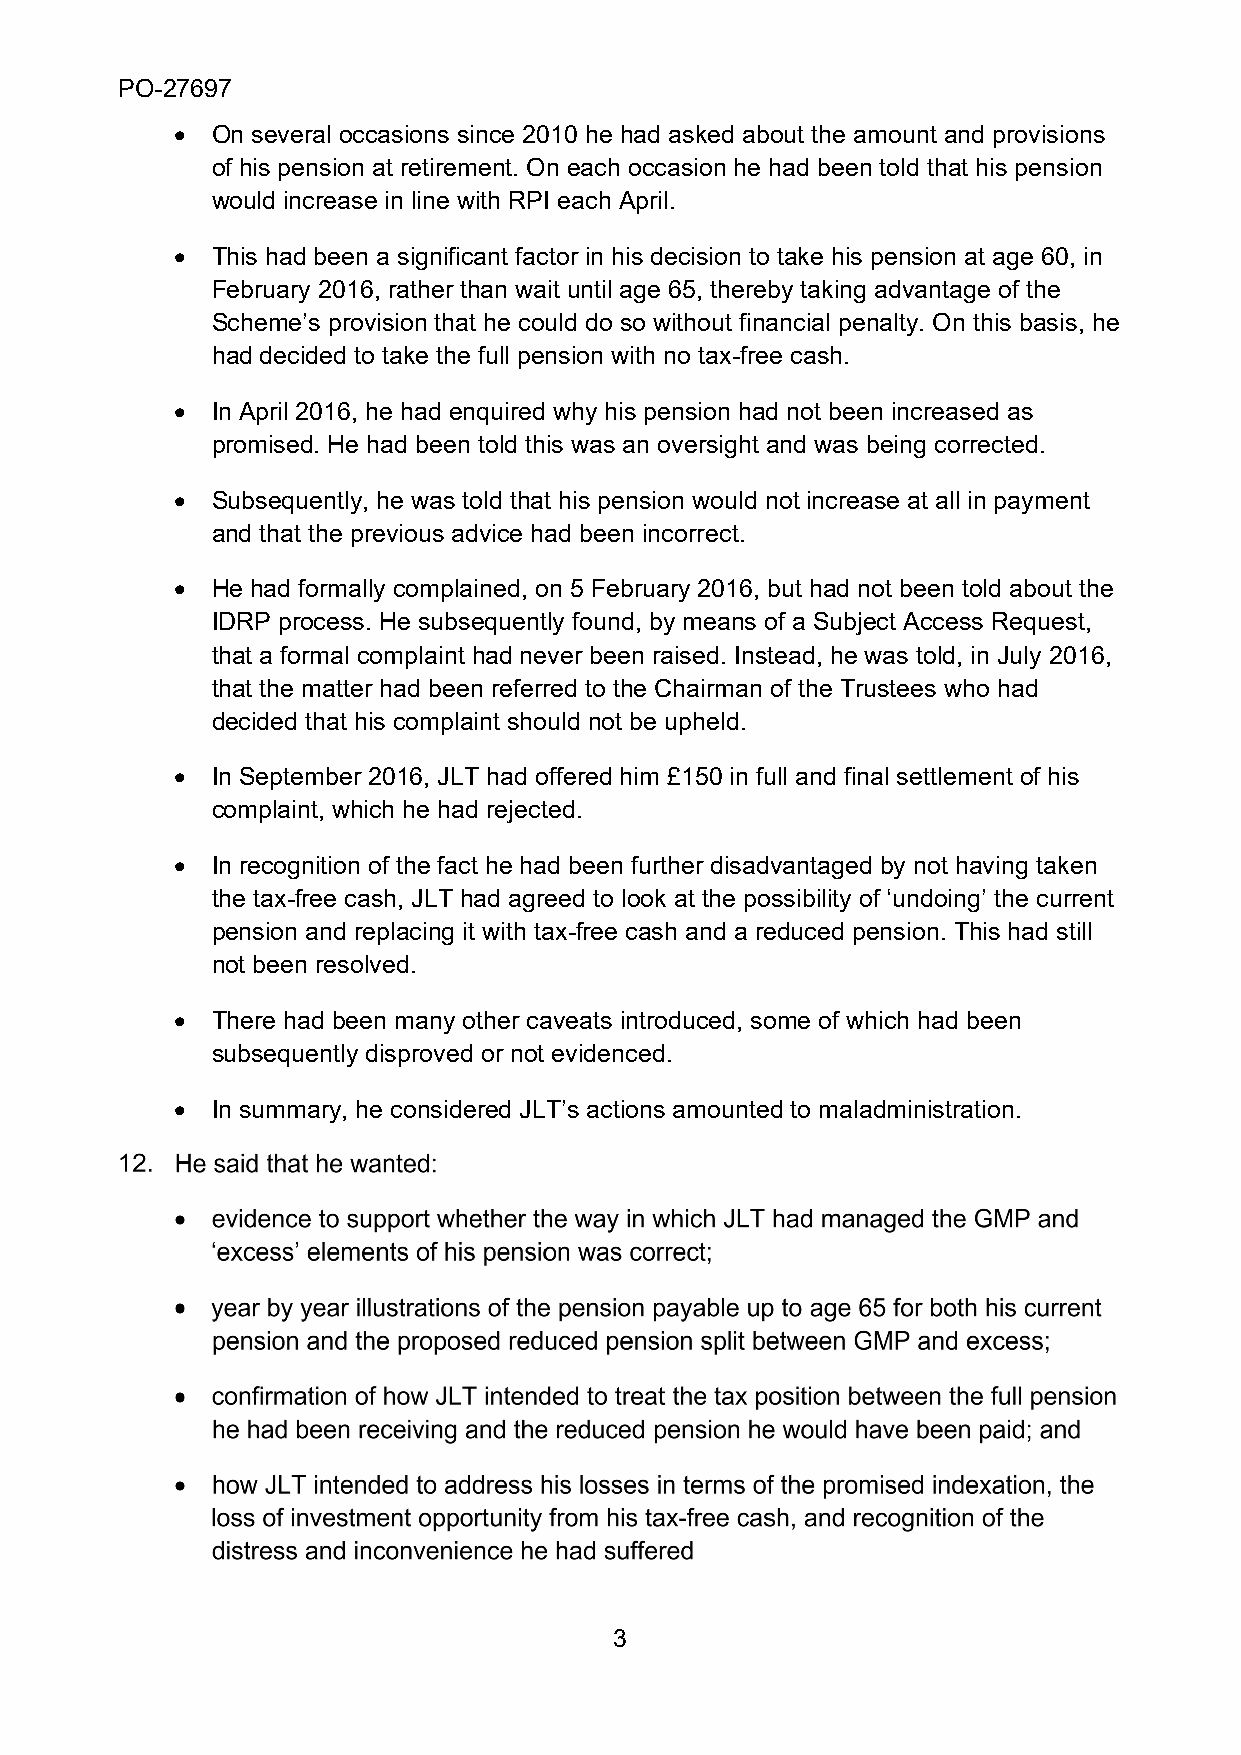
PO-27697
 • On several occasions since 2010 he had asked about the amount and provisions
 of his pension at retirement. On each occasion he had been told that his pension
 would increase in line with RPI each April.
 • This had been a significant factor in his decision to take his pension at age 60, in
 February 2016, rather than wait until age 65, thereby taking advantage of the
 Scheme’s provision that he could do so without financial penalty. On this basis, he
 had decided to take the full pension with no tax-free cash.
 • In April 2016, he had enquired why his pension had not been increased as
 promised. He had been told this was an oversight and was being corrected.
 • Subsequently, he was told that his pension would not increase at all in payment
 and that the previous advice had been incorrect.
 • He had formally complained, on 5 February 2016, but had not been told about the
 IDRP process. He subsequently found, by means of a Subject Access Request,
 that a formal complaint had never been raised. Instead, he was told, in July 2016,
 that the matter had been referred to the Chairman of the Trustees who had
 decided that his complaint should not be upheld.
 • In September 2016, JLT had offered him £150 in full and final settlement of his
 complaint, which he had rejected.
 • In recognition of the fact he had been further disadvantaged by not having taken
 the tax-free cash, JLT had agreed to look at the possibility of ‘undoing’ the current
 pension and replacing it with tax-free cash and a reduced pension. This had still
 not been resolved.
 • There had been many other caveats introduced, some of which had been
 subsequently disproved or not evidenced.
 • In summary, he considered JLT’s actions amounted to maladministration.
 3